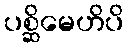
ပစ္ဆိမေဟိပိ